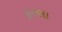
ફરસા